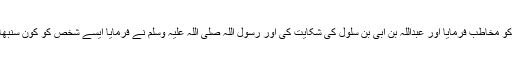
یہ سن کر اسی دن رسول اللہ صلی اللہ علیہ وسلم نے صحابہ کو مخاطب فرمایا اور عبداللہ بن ابی بن سلول کی شکایت کی اور رسول اللہ صلی اللہ علیہ وسلم نے فرمایا ایسے شخص کو کون سنبھالے جس نے میری بیوی کے بارے میں مجھے دکھ دیا ہے۔